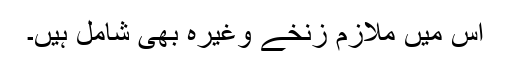
اس میں ملازم زنخے وغیرہ بھی شامل ہیں۔